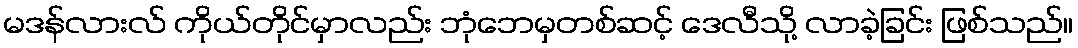
မဒန်လားလ် ကိုယ်တိုင်မှာလည်း ဘုံဘေမှတစ်ဆင့် ဒေလီသို့ လာခဲ့ခြင်း ဖြစ်သည်။